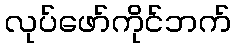
လုပ်ဖော်ကိုင်ဘက်